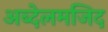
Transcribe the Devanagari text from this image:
अब्देलमजिद